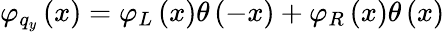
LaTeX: {{\varphi}_{{{q}_{y}}}}\left(x\right)={{\varphi}_{L}}\left(x\right)\theta\left(-x\right)+{{\varphi}_{R}}\left(x\right)\theta\left(x\right)